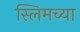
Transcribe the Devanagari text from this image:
स्लिमच्या